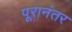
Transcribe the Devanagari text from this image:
पूरानंतर